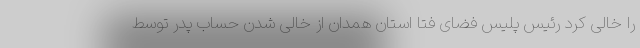
را خالی کرد رئیس پلیس فضای فتا استان همدان از خالی شدن حساب پدر توسط